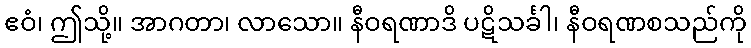
ဧဝံ၊ ဤသို့။ အာဂတာ၊ လာသော။ နီဝရဏာဒိ ပဋိသင်္ခါ၊ နီဝရဏစသည်ကို